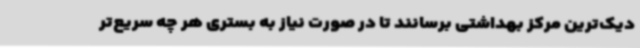
دیک‌ترین مرکز بهداشتی برسانند تا در صورت نیاز به بستری هر چه سریع‌تر